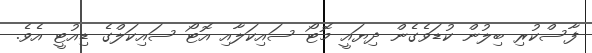
ފާސްކުރި ބިލުން ކުޑަވެގެން ދިޔައީ މޮޓޯ ސައިކަލާއި އޮޓޯ ސައިކަލްގެ ޑިއުޓީ އެވެ.